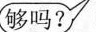
(够吗?)